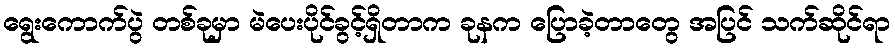
ရွေးကောက်ပွဲ တစ်ခုမှာ မဲပေးပိုင်ခွင့်ရှိတာက ခုနက ပြောခဲ့တာတွေ အပြင် သက်ဆိုင်ရာ